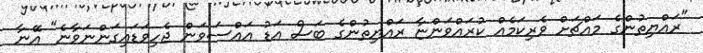
"ރައްޔިތުންގެ މައްޗަށް ވެރިކަމެއް ކުރައްވަންޏާ ރައްޔިތުންގެ ބަސް އަޑު އައްސަވަން ޖެހިވަޑައިގަންނަވާނެ" އޭނާ